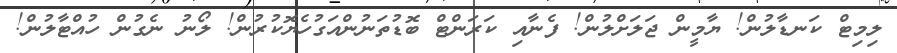
ލިމިޓް ކަނޑާލުން! ޔާމީން ޖަލަށްލުން! ފެނާއި ކަރަންޓް ބޮޑުތަނުންއަގުހެޔޮކުރުން! ލޯނު ނެގުން ހުއްޓާލުން!